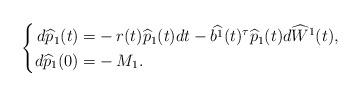
LaTeX: \begin{align*}\left\{\begin{aligned}d\widehat{p}_1(t)=&-r(t)\widehat{p}_1(t)dt-\widehat{b^1}(t)^\tau\widehat{p}_1(t)d\widehat{W}^1(t),\\d\widehat{p}_1(0)=&-M_1.\end{aligned}\right.\end{align*}